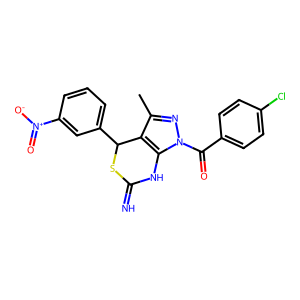
SMILES: Cc1nn(C(=O)c2ccc(Cl)cc2)c2c1C(c1cccc([N+](=O)[O-])c1)SC(=N)N2
Inhibits HIV replication: No